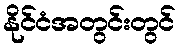
နိုင်ငံအတွင်းတွင်